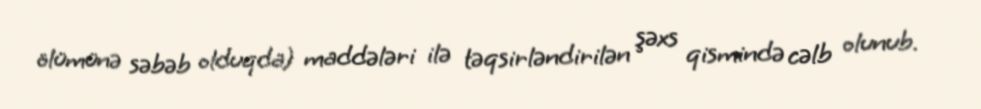
ölümünə səbəb olduqda) maddələri ilə təqsirləndirilən şəxs qismində cəlb olunub.